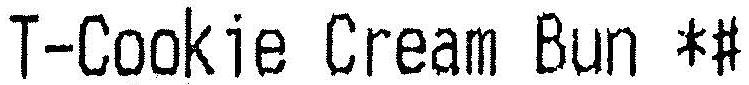
T-COOKIE CREAM BUN *#